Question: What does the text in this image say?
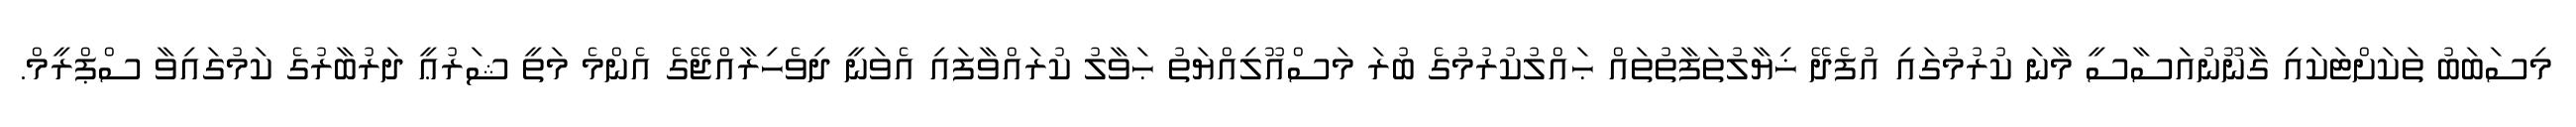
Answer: މިސަބަބު ތަކަށްޓަކައި ގާނޫނުއަސާސީ މާނަ ކުރުމުގައި އުފެދޭ ޚިޔާލުތަފާތުތައް ޙައްލުކުރުމުގެ ބުރަ މަސްއޫލިއްޔަތު ޙަވާލު ކުރައްވާފައި އެވަނީ ދިވެހިރާއްޖޭގެ އެންމެ މަތީ ޝަރުޢީ ދަރުބާރުގެ ކަމުގައިވާ ސްޕްރީމް.